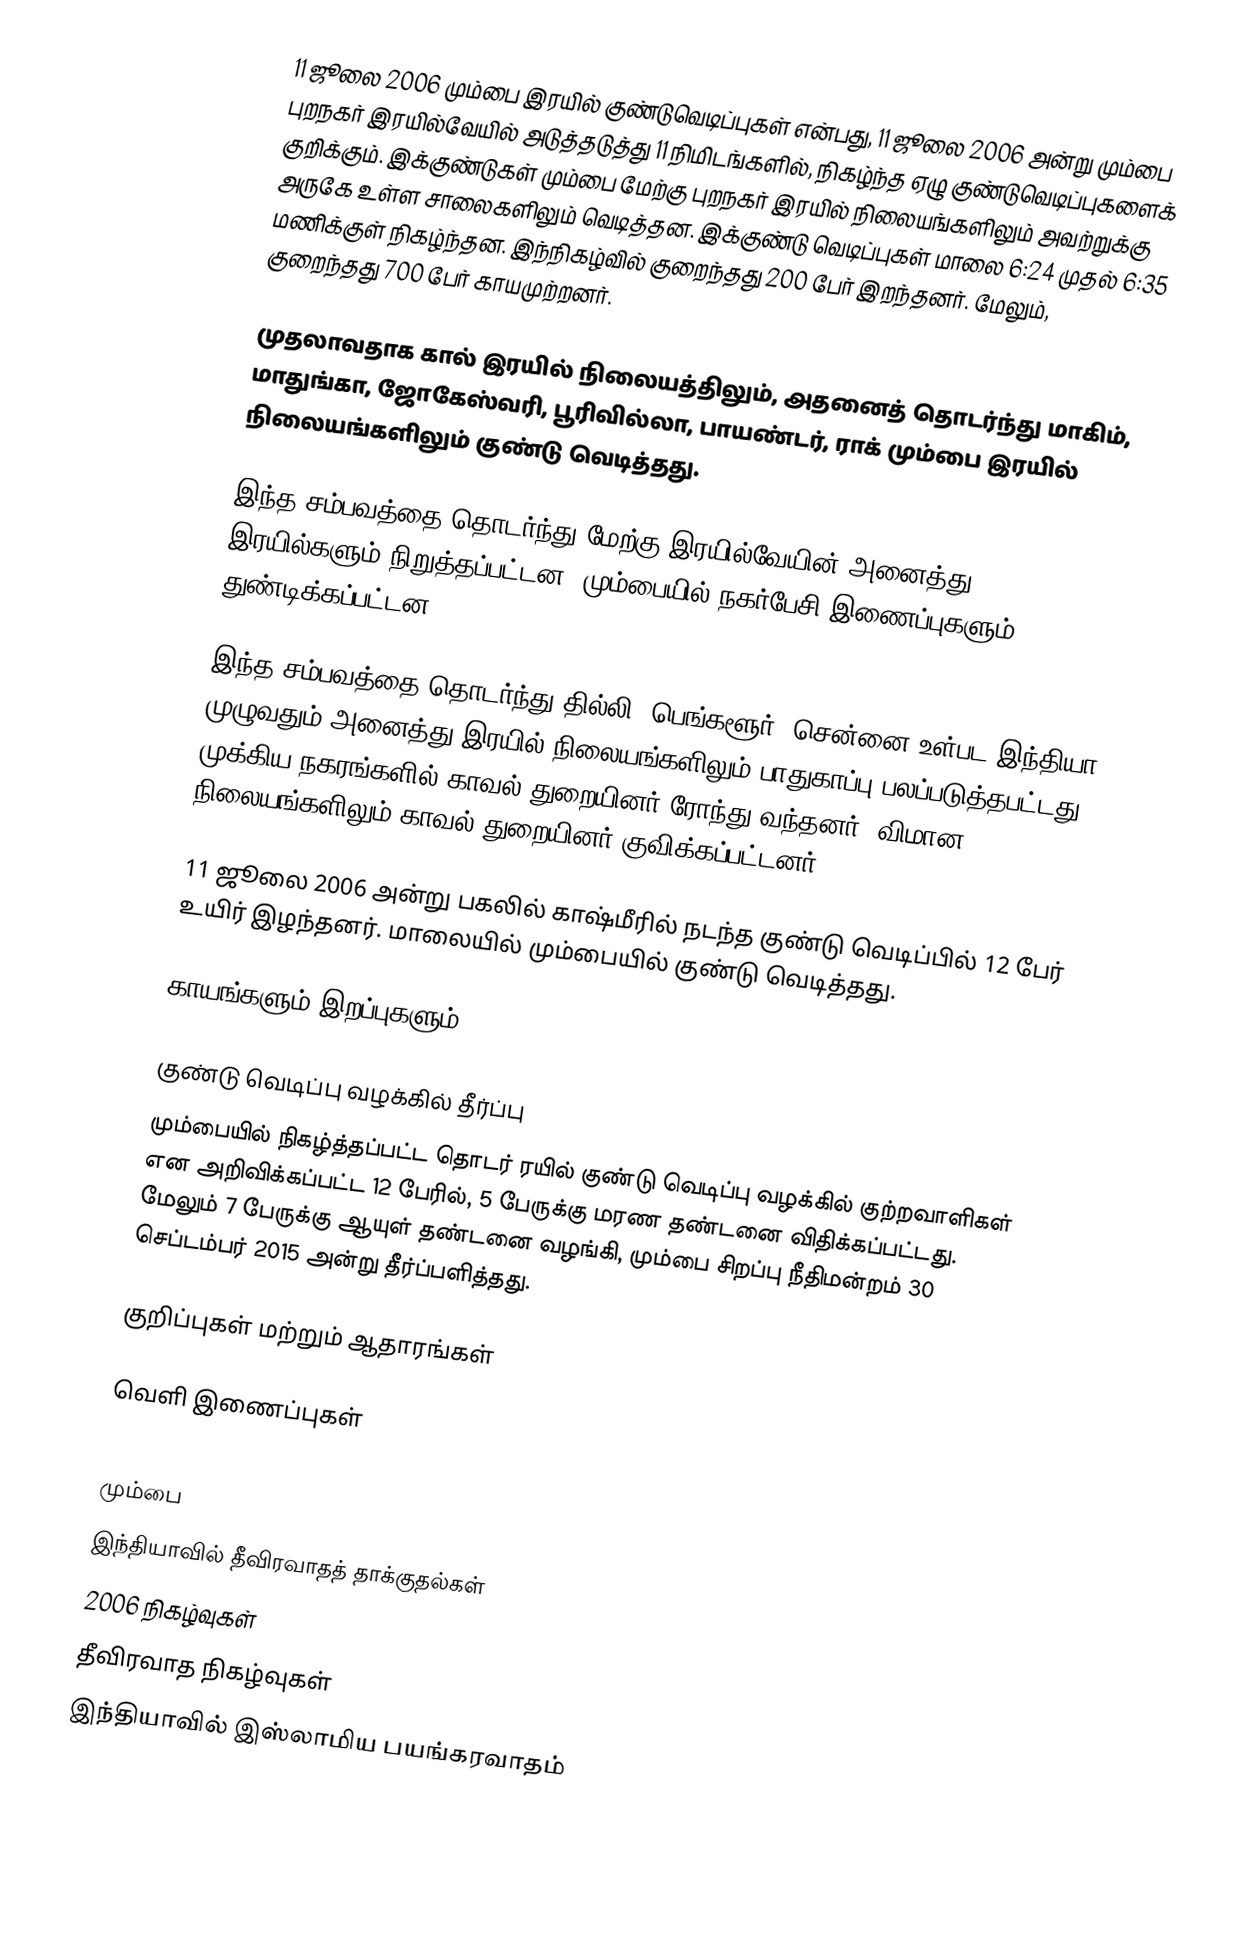
11 ஜூலை 2006 மும்பை இரயில் குண்டுவெடிப்புகள் என்பது, 11 ஜூலை 2006 அன்று மும்பை புறநகர் இரயில்வேயில் அடுத்தடுத்து 11 நிமிடங்களில், நிகழ்ந்த ஏழு குண்டுவெடிப்புகளைக் குறிக்கும். இக்குண்டுகள் மும்பை மேற்கு புறநகர் இரயில் நிலையங்களிலும் அவற்றுக்கு அருகே உள்ள சாலைகளிலும் வெடித்தன. இக்குண்டு வெடிப்புகள் மாலை 6:24 முதல் 6:35 மணிக்குள் நிகழ்ந்தன. இந்நிகழ்வில் குறைந்தது 200 பேர் இறந்தனர். மேலும், குறைந்தது 700 பேர் காயமுற்றனர்.

முதலாவதாக கால் இரயில் நிலையத்திலும், அதனைத் தொடர்ந்து மாகிம், மாதுங்கா, ஜோகேஸ்வரி, பூரிவில்லா, பாயண்டர், ராக் மும்பை இரயில் நிலையங்களிலும் குண்டு வெடித்தது.

இந்த சம்பவத்தை தொடர்ந்து மேற்கு இரயில்வேயின் அனைத்து இரயில்களும் நிறுத்தப்பட்டன. மும்பையில் நகர்பேசி இணைப்புகளும் துண்டிக்கப்பட்டன.

இந்த சம்பவத்தை தொடர்ந்து தில்லி, பெங்களூர், சென்னை உள்பட இந்தியா முழுவதும் அனைத்து இரயில் நிலையங்களிலும் பாதுகாப்பு பலப்படுத்தபட்டது. முக்கிய நகரங்களில் காவல் துறையினர் ரோந்து வந்தனர். விமான நிலையங்களிலும் காவல் துறையினர் குவிக்கப்பட்டனர்.

11 ஜூலை 2006 அன்று பகலில் காஷ்மீரில் நடந்த குண்டு வெடிப்பில் 12 பேர் உயிர் இழந்தனர். மாலையில் மும்பையில் குண்டு வெடித்தது.

காயங்களும் இறப்புகளும்

குண்டு வெடிப்பு வழக்கில் தீர்ப்பு
மும்பையில் நிகழ்த்தப்பட்ட தொடர் ரயில் குண்டு வெடிப்பு வழக்கில் குற்றவாளிகள் என அறிவிக்கப்பட்ட 12 பேரில், 5 பேருக்கு மரண தண்டனை விதிக்கப்பட்டது. மேலும் 7 பேருக்கு ஆயுள் தண்டனை வழங்கி, மும்பை சிறப்பு நீதிமன்றம் 30 செப்டம்பர் 2015 அன்று தீர்ப்பளித்தது.

குறிப்புகள் மற்றும் ஆதாரங்கள்

வெளி இணைப்புகள்

மும்பை
இந்தியாவில் தீவிரவாதத் தாக்குதல்கள்
2006 நிகழ்வுகள்
தீவிரவாத நிகழ்வுகள்
இந்தியாவில் இஸ்லாமிய பயங்கரவாதம்